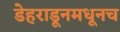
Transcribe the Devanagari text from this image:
डेहराडूनमधूनच